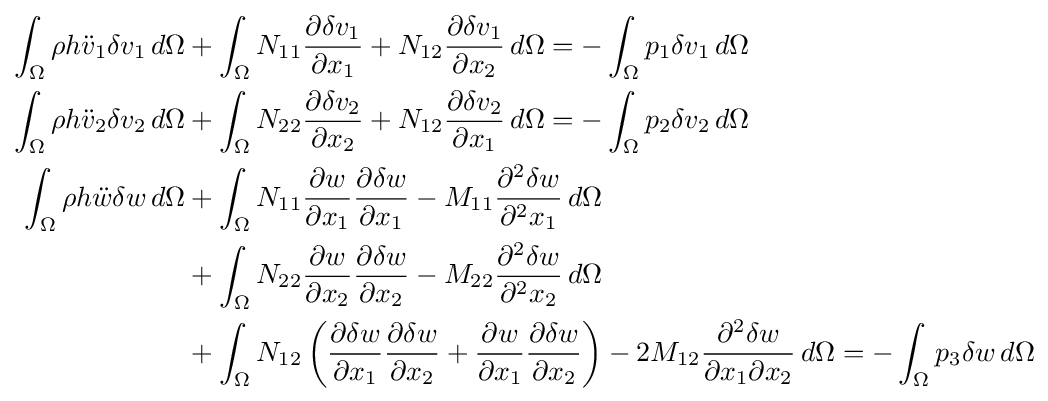
{\begin{aligned}\int _{\Omega }\rho h{\ddot {v}}_{1}\delta v_{1}\,d\Omega &+\int _{\Omega }N_{11}{\frac {\partial \delta v_{1}}{\partial x_{1}}}+N_{12}{\frac {\partial \delta v_{1}}{\partial x_{2}}}\,d\Omega =-\int _{\Omega }p_{1}\delta v_{1}\,d\Omega \\\int _{\Omega }\rho h{\ddot {v}}_{2}\delta v_{2}\,d\Omega &+\int _{\Omega }N_{22}{\frac {\partial \delta v_{2}}{\partial x_{2}}}+N_{12}{\frac {\partial \delta v_{2}}{\partial x_{1}}}\,d\Omega =-\int _{\Omega }p_{2}\delta v_{2}\,d\Omega \\\int _{\Omega }\rho h{\ddot {w}}\delta w\,d\Omega &+\int _{\Omega }N_{11}{\frac {\partial w}{\partial x_{1}}}{\frac {\partial \delta w}{\partial x_{1}}}-M_{11}{\frac {\partial ^{2}\delta w}{\partial ^{2}x_{1}}}\,d\Omega \\&+\int _{\Omega }N_{22}{\frac {\partial w}{\partial x_{2}}}{\frac {\partial \delta w}{\partial x_{2}}}-M_{22}{\frac {\partial ^{2}\delta w}{\partial ^{2}x_{2}}}\,d\Omega \\&+\int _{\Omega }N_{12}\left({\frac {\partial \delta w}{\partial x_{1}}}{\frac {\partial \delta w}{\partial x_{2}}}+{\frac {\partial w}{\partial x_{1}}}{\frac {\partial \delta w}{\partial x_{2}}}\right)-2M_{12}{\frac {\partial ^{2}\delta w}{\partial x_{1}\partial x_{2}}}\,d\Omega =-\int _{\Omega }p_{3}\delta w\,d\Omega \\\end{aligned}}